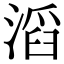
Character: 滔